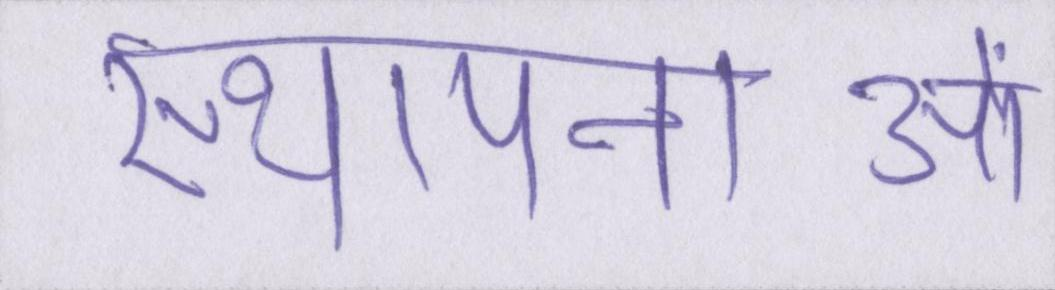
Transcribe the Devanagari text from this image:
स्थापनाओं